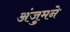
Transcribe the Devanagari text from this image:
अंजुमने